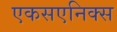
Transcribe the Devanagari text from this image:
एकसएनिक्स